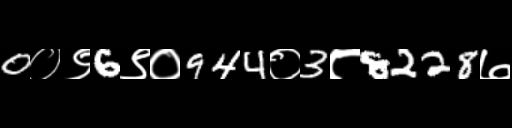
Text: 0०९6९०944०3८8228७